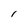
Character: l